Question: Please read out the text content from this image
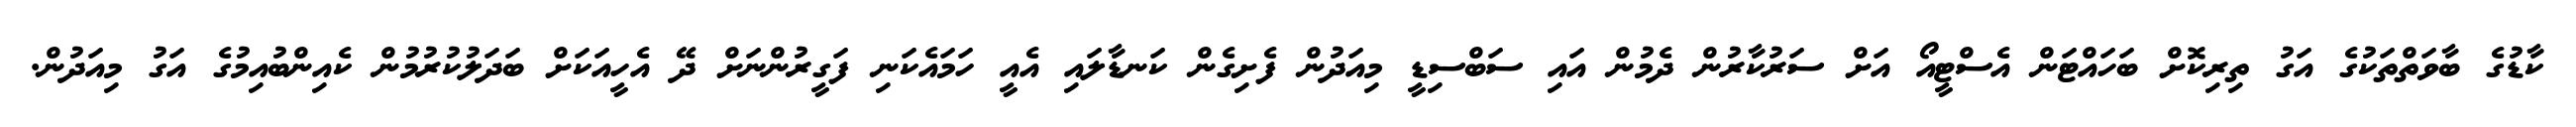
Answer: ކާޑުގެ ބާވަތްތަކުގެ އަގު ތިރިކޮށް ބަހައްޓަން އެސްޓީއޯ އަށް ސަރުކާރުން ދެމުން އައި ސަބްސިޑީ މިއަދުން ފެށިގެން ކަނޑާލައި އެއީ ހަމައެކަނި ފަގީރުންނަށް ދޭ އެހީއަކަށް ބަދަލުކުރުމުން ކެއިންބުއިމުގެ އަގު މިއަދުން.